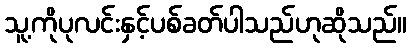
သူ့ကိုပုလင်းနှင့်ပစ်ခတ်ပါသည်ဟုဆိုသည်။